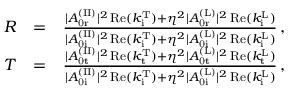
\begin{array} { r l r } { R } & { = } & { \frac { | A _ { \mathrm { 0 r } } ^ { \mathrm { ( I I ) } } | ^ { 2 } \, \mathrm { R e } ( k _ { \mathrm { i } } ^ { \mathrm { T } } ) + \eta ^ { 2 } | A _ { \mathrm { 0 r } } ^ { \mathrm { ( L ) } } | ^ { 2 } \, \mathrm { R e } ( k _ { \mathrm { i } } ^ { \mathrm { L } } ) } { | A _ { \mathrm { 0 i } } ^ { \mathrm { ( I I ) } } | ^ { 2 } \, \mathrm { R e } ( k _ { \mathrm { i } } ^ { \mathrm { T } } ) + \eta ^ { 2 } | A _ { \mathrm { 0 i } } ^ { \mathrm { ( L ) } } | ^ { 2 } \, \mathrm { R e } ( k _ { \mathrm { i } } ^ { \mathrm { L } } ) } \, , } \\ { T } & { = } & { \frac { | A _ { \mathrm { 0 t } } ^ { \mathrm { ( I I ) } } | ^ { 2 } \, \mathrm { R e } ( k _ { \mathrm { t } } ^ { \mathrm { T } } ) + \eta ^ { 2 } | A _ { \mathrm { 0 t } } ^ { \mathrm { ( L ) } } | ^ { 2 } \, \mathrm { R e } ( k _ { \mathrm { t } } ^ { \mathrm { L } } ) } { | A _ { \mathrm { 0 i } } ^ { \mathrm { ( I I ) } } | ^ { 2 } \, \mathrm { R e } ( k _ { \mathrm { i } } ^ { \mathrm { T } } ) + \eta ^ { 2 } | A _ { \mathrm { 0 i } } ^ { \mathrm { ( L ) } } | ^ { 2 } \, \mathrm { R e } ( k _ { \mathrm { i } } ^ { \mathrm { L } } ) } \, , } \end{array}